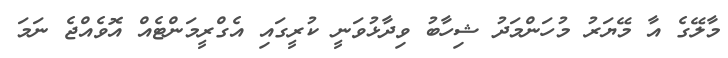
މާލޭގެ އާ މޭޔަރު މުހަންމަދު ޝިހާބު ވިދާޅުވަނީ ކުރީގައި އެގްރީމަންޓެއް އޮވެއްޖެ ނަމަ